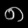
Digit: ၈